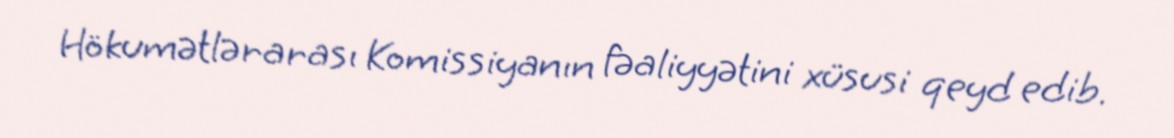
Hökumətlərarası Komissiyanın fəaliyyətini xüsusi qeyd edib.